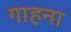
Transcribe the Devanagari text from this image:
गाहना